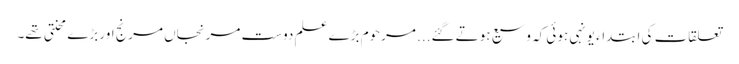
تعلقات کی ابتداء یونہی ہوئی کہ وسیع ہوتے گئے... مرحوم بڑے علم دوست مرنجاں مرنج اور بڑے محنتی تھے۔